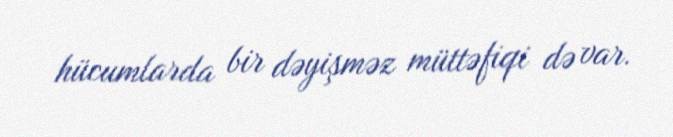
hücumlarda bir dəyişməz müttəfiqi də var.